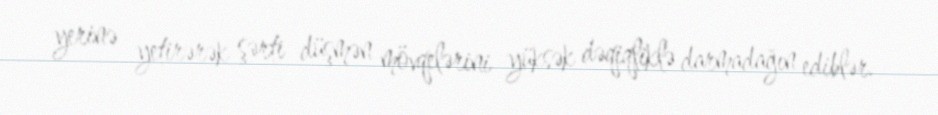
yerinə yetirərək şərti düşmən mövqelərini yüksək dəqiqliklə darmadağın ediblər.